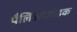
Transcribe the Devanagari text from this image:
पैलिओज़ोइक